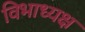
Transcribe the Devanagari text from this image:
विभाध्यक्ष